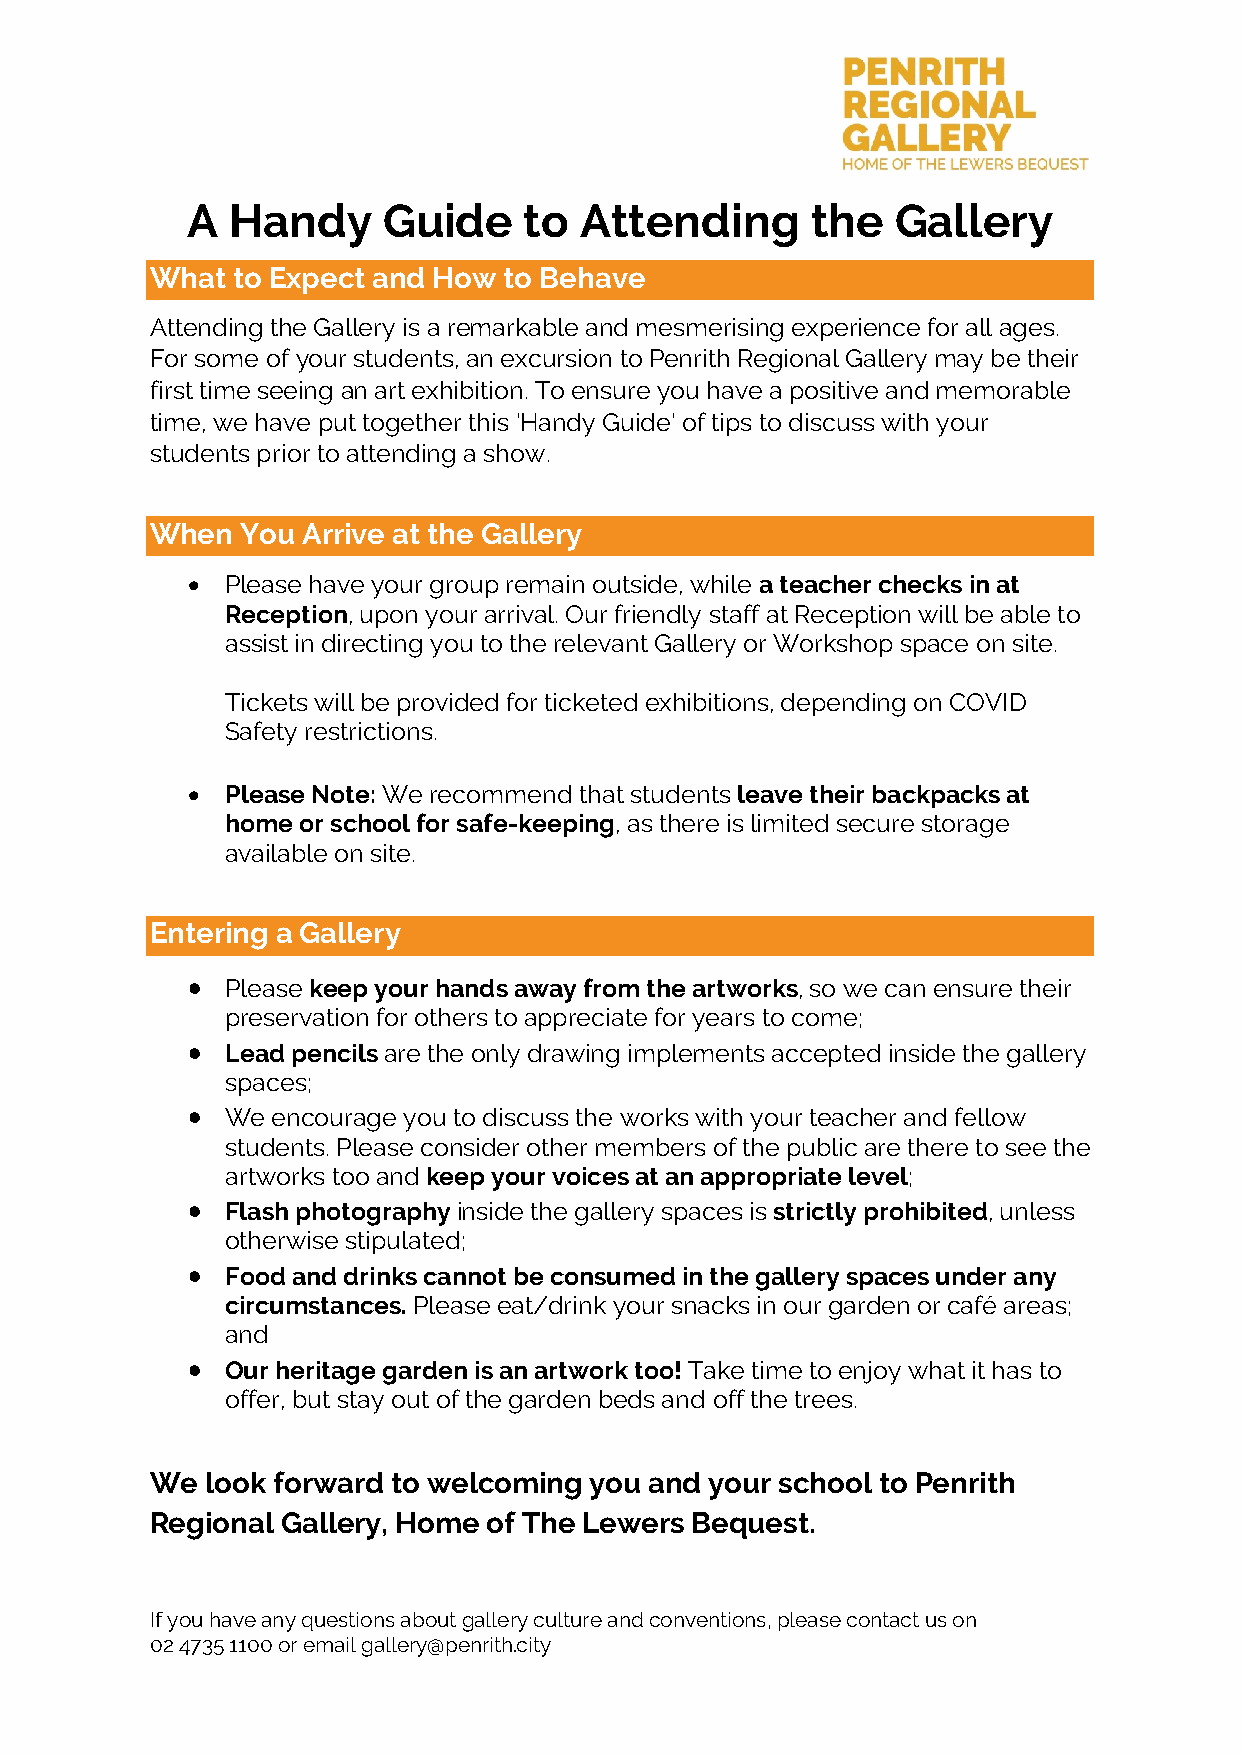
A  Handy     Guide     to Attending       the  Gallery
 What to Expect and How to Behave
 Attending the Gallery is a remarkable and mesmerising experience for all ages.
 For some of your students, an excursion to Penrith Regional Gallery may be their
 first time seeing an art exhibition. To ensure you have a positive and memorable
 time, we have put together this ‘Handy Guide’ of tips to discuss with your
 students prior to attending a show.
 When  You Arrive at the Gallery
 •  Please have your group remain outside, while a teacher checks in at
 Reception, upon your arrival. Our friendly staff at Reception will be able to
 assist in directing you to the relevant Gallery or Workshop space on site.
 Tickets will be provided for ticketed exhibitions, depending on COVID
 Safety restrictions.
 •  Please Note: We recommend that students leave their backpacks at
 home or school for safe-keeping, as there is limited secure storage
 available on site.
 Entering a Gallery
 •  Please keep your hands away from the artworks, so we can ensure their
 preservation for others to appreciate for years to come;
 •  Lead pencils are the only drawing implements accepted inside the gallery
 spaces;
 •  We encourage you to discuss the works with your teacher and fellow
 students. Please consider other members of the public are there to see the
 artworks too and keep your voices at an appropriate level;
 •  Flash photography inside the gallery spaces is strictly prohibited, unless
 otherwise stipulated;
 •  Food and drinks cannot be consumed in the gallery spaces under any
 circumstances. Please eat/drink your snacks in our garden or café areas;
 and
 •  Our heritage garden is an artwork too! Take time to enjoy what it has to
 offer, but stay out of the garden beds and off the trees.
 We  look forward to welcoming you and your school to Penrith
 Regional Gallery, Home of The Lewers Bequest.
 If you have any questions about gallery culture and conventions, please contact us on
 02 4735 1100 or email gallery@penrith.city